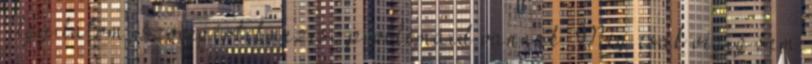
Úgy látom, szövegértelmezési problémáid vannak. Még csak végig sem